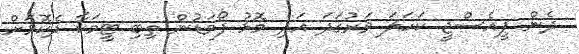
ދެން ޕީއެސްޖީ ކަހަލަ ވަރުގަދަ އަދި މޮޅު ފޯވަޑުން ތިބި ޓީމަކާ ދެކޮޅަށް